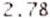
2.78